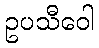
ဥပသီဝေါ